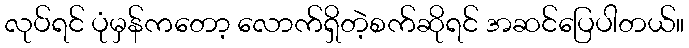
လုပ်ရင် ပုံမှန်ကတော့ လောက်ရှိတဲ့စက်ဆိုရင် အဆင်ပြေပါတယ်။